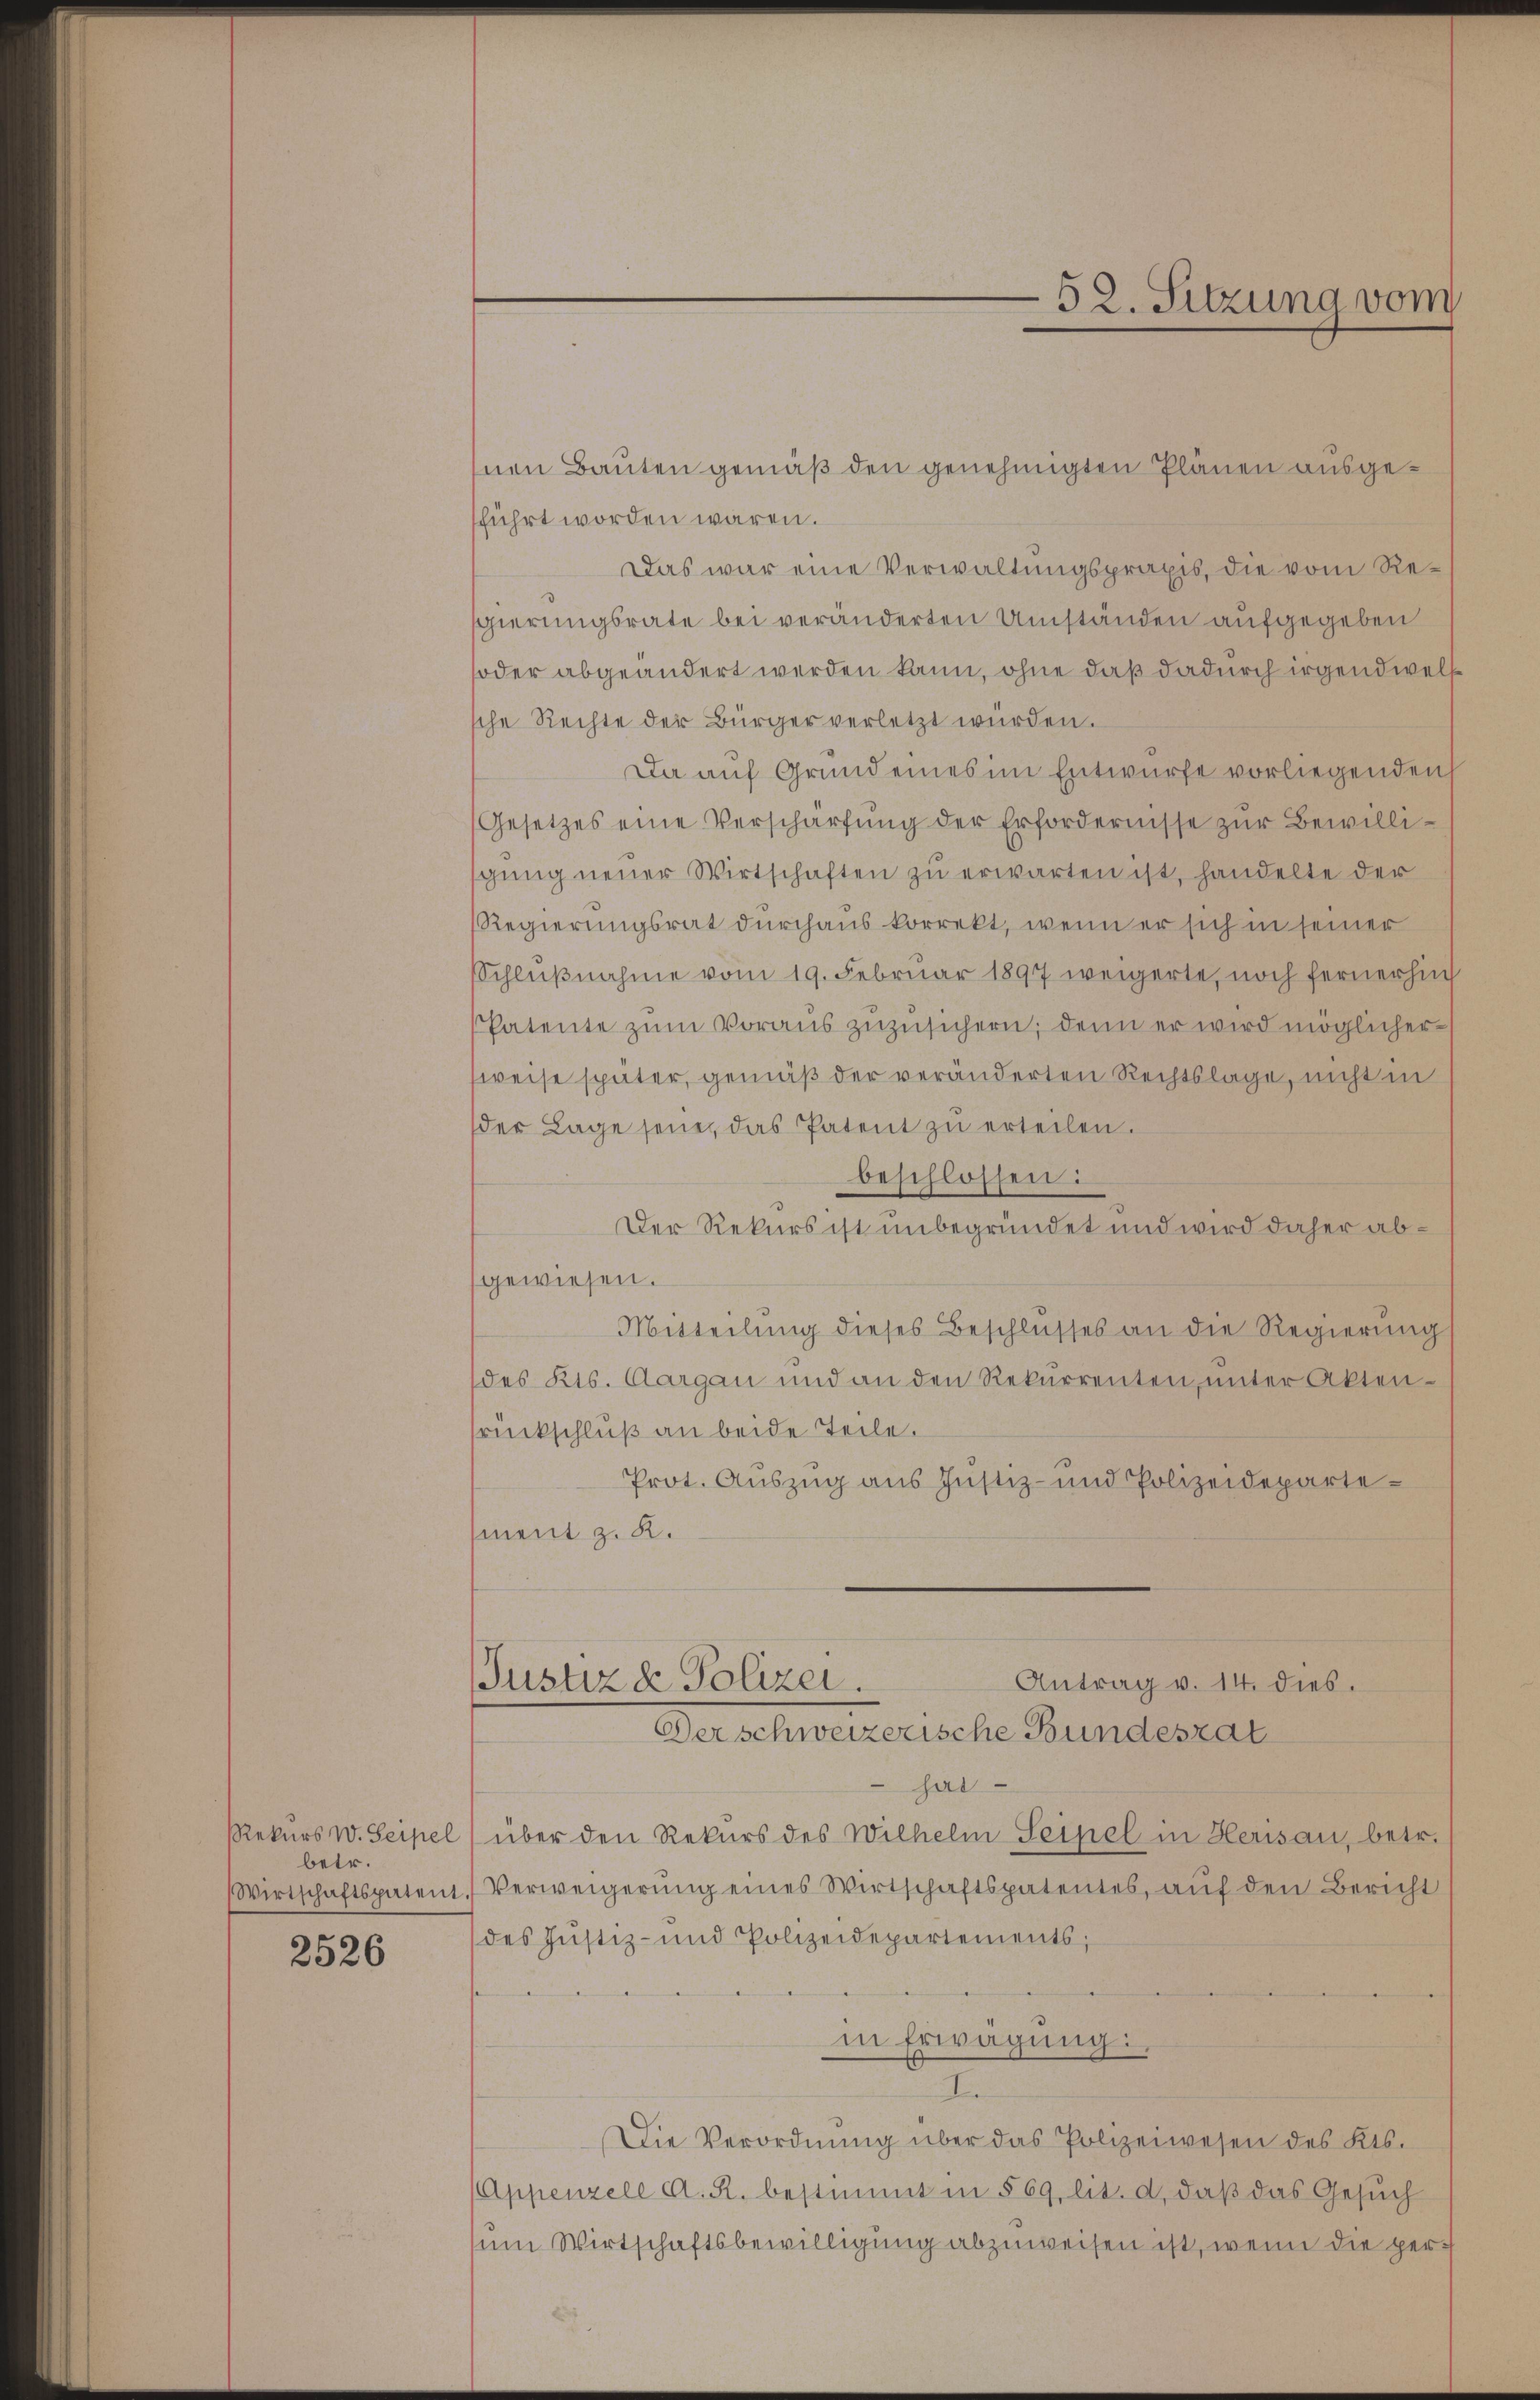
betr.

2526

nen Bauten gemäß den genehmigten Plänen ausgeführt worden wären.
Das war eine Verwaltungspraxis, die vom Regierungsrate bei veränderten Umständen aufgegeben
oder abgeändert werden kann, ohne daß dadurch irgendwel
sche Rechte der Bürger verletzt würden.
Da auf Grund eines im Entwurfe vorliegenden
Gesetzes eine Verschärfŭng der Erfordernisse zŭr Bewilligŭng neuer Wirtschaften zŭ erwarten ist, handelte der
Regierungsrat durchaus korrekt, wenn er sich in seiner
Schlußnahme vom 19. Februar 1897 weigerte, noch fernerhin
Patente zŭm Voraŭs zŭzŭsichern, denn er wird möglicher
weise später, gemäß der veränderten Rechtslage, nicht in
der Lage seine, das Patent zŭ erteilen.
beschlossen:
Der Rekurs ist unbegründet und wird daher abgewiesen.
Mitteilŭng dieses Beschlŭsses an die Regierŭng
des Kts. Aargau und an den Rekurrenten, unter Akten-
rückschluß an beide Teile.
Prot. Auszug aus Justiz- und Polizeidepartement z. R.

hat
Rekurs w. Seipel) über den Rekurs des Wilhelm Seifel in Herisau, betr.
Wirtschaftspatent. Verweigerŭng eines Wirtschaftspatentes, aŭf den Bericht
des Justiz- und Polizeidepartements;
in Erwägung:
I
Die Verordnŭng über das Polizeiwesen des Kts.
Appenzell A. R. bestimmt in § 69, lit. d, daβ das Gesŭch
um Wirtschaftsbewilligung abzuweisen ist, wenn die per¬

Justiz & Polizei.
Der schweizerische Bundesrat

52. Sitzung vom

Antrag v. 14. dies.